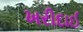
ખરીદાઈ